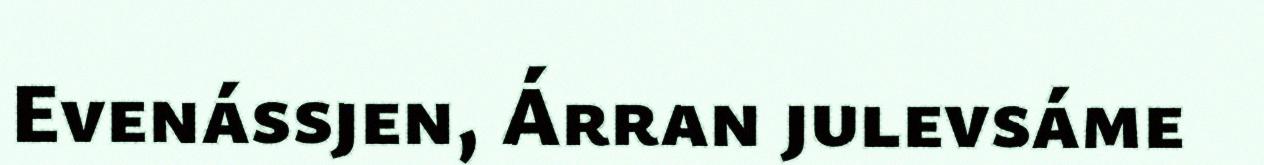
Evenássjen, Árran julevsáme